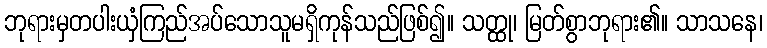
ဘုရားမှတပါးယှံကြည်အပ်သောသူမရှိကုန်သည်ဖြစ်၍။ သတ္ထု၊ မြတ်စွာဘုရား၏။ သာသနေ၊